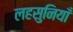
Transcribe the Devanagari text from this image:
लहसुनियाँ